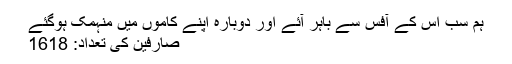
ہم سب اس کے آفس سے باہر آئے اور دوبارہ اپنے کاموں میں منہمک ہوگئے
صارفین کی تعداد: 1618